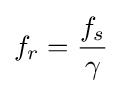
f_{r}={\frac {f_{s}}{\gamma }}